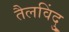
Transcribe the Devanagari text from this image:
तैलविंदु